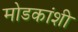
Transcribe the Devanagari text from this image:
मोडकांशी